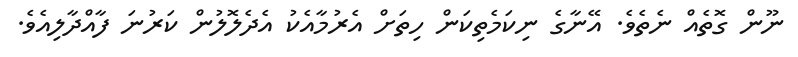
ނޫން ގޮތެއް ނެތެވެ. އޭނާގެ ނިކަމެތިކަން ހިތަށް އެރުމާއެކު އެދެލޮލުން ކަރުނަ ފާއްދާލިއެވެ.